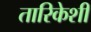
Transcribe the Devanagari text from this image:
तारिकेशी